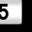
Digit: 5